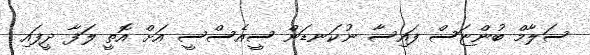
ސަލާމް ބުންޏަސް ފައިސާ ނުކަނޑަން ސީއެސްސީ އަށް އޮތީ ލަފާ ދީފައި